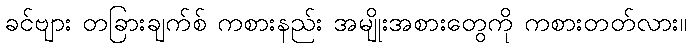
ခင်ဗျား တခြားချက်စ် ကစားနည်း အမျိုးအစားတွေကို ကစားတတ်လား။